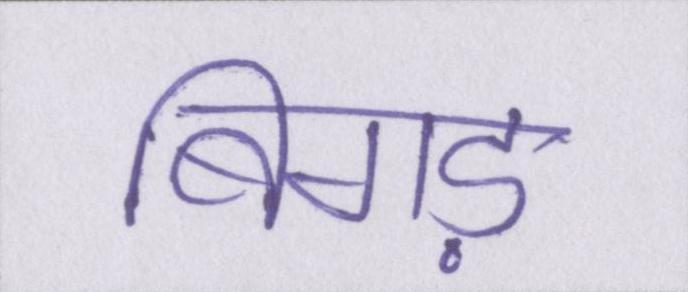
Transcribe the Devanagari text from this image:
बिगड़